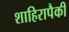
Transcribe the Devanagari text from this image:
शाहिरापैकी